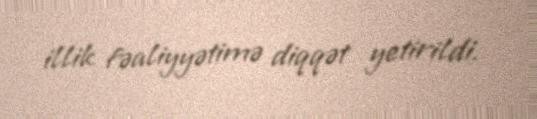
illik fəaliyyətimə diqqət yetirildi.